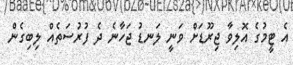
އެ ޓީމުގެ އޮލިވާ ޖިރޫޑަށް ވަނީ ލަނޑު ޖަހާނެ ދެ ފުރުސަތެއް ލިބިގެން